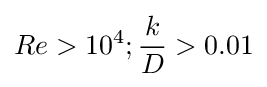
Re>10^{4};{\frac {k}{D}}>0.01